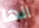
انها